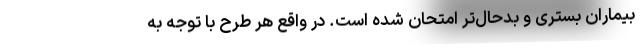
بیماران بستری و بدحال‌تر امتحان شده است. در واقع هر طرح با توجه به